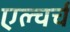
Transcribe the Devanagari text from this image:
एल्चर्च